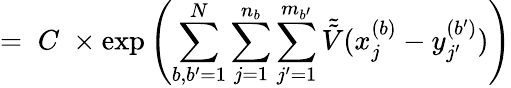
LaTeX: =\; C\; \times\exp\left(\sum_{b,b^{\prime}=1}^{N}\sum_{j=1}^{n_{b}}\sum_{j^{\prime}=1}^{m_{b^{\prime}}}\tilde{\tilde{V}}(x_{j}^{(b)}-y_{j^{\prime}}^{(b^{\prime})})\right)